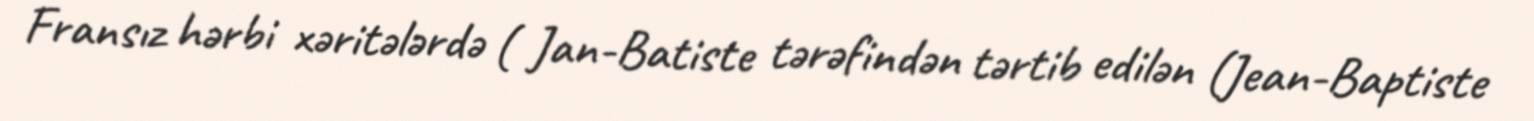
Fransız hərbi xəritələrdə ( Jan-Batiste tərəfindən tərtib edilən (Jean-Baptiste